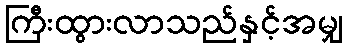
ကြီးထွားလာသည်နှင့်အမျှ